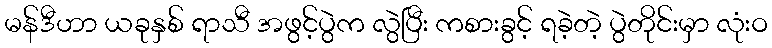
မန်ဒီဟာ ယခုနှစ် ရာသီ အဖွင့်ပွဲက လွဲပြီး ကစားခွင့် ရခဲ့တဲ့ ပွဲတိုင်းမှာ လုံးဝ